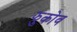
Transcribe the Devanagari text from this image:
झुकोव